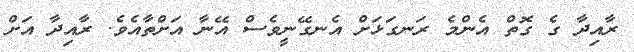
ރާއިދާ ގެ ގޮތް އެންމެ ރަނގަޅަށް އެނގޭނީވެސް އޭނާ އަށްތާއެވެ. ރާއިދާ އަށް